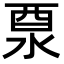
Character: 𨠊